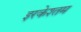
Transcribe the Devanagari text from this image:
इरकेश्तम